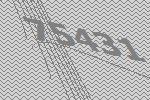
75431